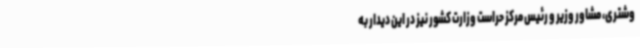
وشتری، مشاور وزیر و رئیس مرکز حراست وزارت کشور نیز در این دیدار به